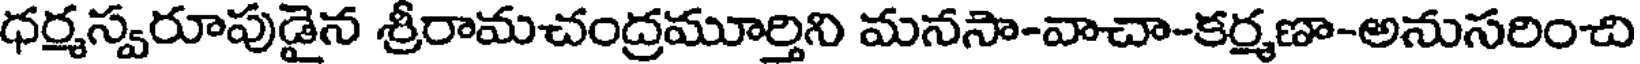
ధర్మస్వరూపుడైన శ్రీరామచంద్రమూర్తిని మనసా-వాచా-కర్మణా-అనుసరించి